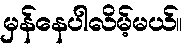
မှန်နေပါလိမ့်မယ်။